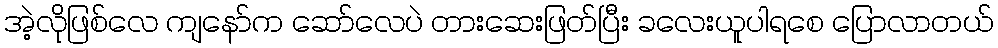
အဲ့လိုဖြစ်လေ ကျနော်က ဆော်လေပဲ တားဆေးဖြတ်ပြီး ခလေးယူပါရစေ ပြောလာတယ်